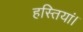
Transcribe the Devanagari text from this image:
हस्तियां।